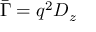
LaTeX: \ { \bar { \Gamma } } = q ^ { 2 } D _ { z }